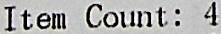
ITEM COUNT : 4